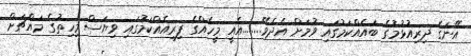
އޭނަގެ ދިރިއުޅުމުގެ ބައެއްކަމުގައި ވުމަށް އެދެވޭ........އެއީ މީހެއްގެ ފިރިއެއްކަމުގައި ވިޔަސް މިހިތުގެ މައްޗަށް